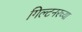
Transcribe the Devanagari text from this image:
गिल्टनरच्या